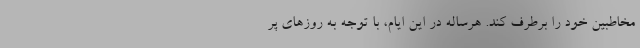
مخاطبین خود را برطرف کند. هرساله در این ایام، با توجه به روزهای پر